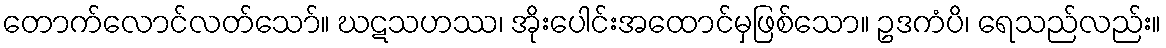
တောက်လောင်လတ်သော်။ ဃဋသဟဿ၊ အိုးပေါင်းအထောင်မှဖြစ်သော။ ဥဒကံပိ၊ ရေသည်လည်း။